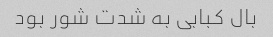
بال کبابی به شدت شور بود